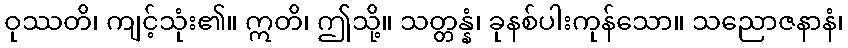
ဝုဿတိ၊ ကျင့်သုံး၏။ ဣတိ၊ ဤသို့။ သတ္တန္နံ၊ ခုနစ်ပါးကုန်သော။ သညောဇနာနံ၊